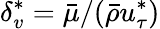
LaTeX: \delta_{v}^{*}=\bar{\mu}/(\bar{\rho}u_{\tau}^{*})